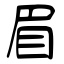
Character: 眉